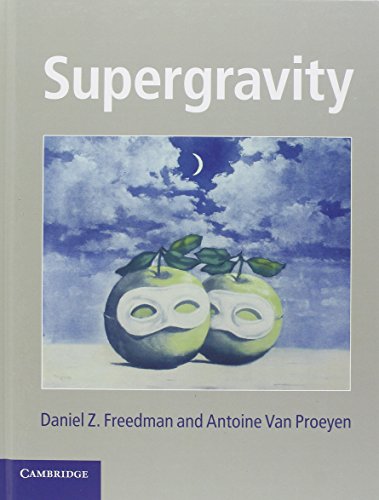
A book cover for Supergravity; Daniel Z. Freedman; Science & Math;